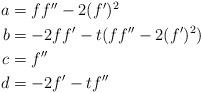
LaTeX: \begin{align*}\begin{aligned} a &= ff'' -2(f')^2 \\ b &= -2ff' -t(ff'' - 2(f')^2) \\ c &= f'' \\ d &= -2f' - tf'' \end{aligned}\end{align*}